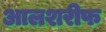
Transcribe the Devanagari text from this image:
आलशरीफ